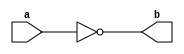
module not2(b, a);
input a;
output b;
assign b = !a;
endmodule